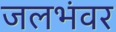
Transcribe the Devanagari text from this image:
जलभंवर